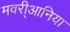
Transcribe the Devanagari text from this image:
मवरी्आनिया